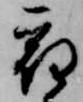
宿